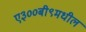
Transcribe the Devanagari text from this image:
ए३००बी९मधील